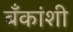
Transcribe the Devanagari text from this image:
बँकांशी